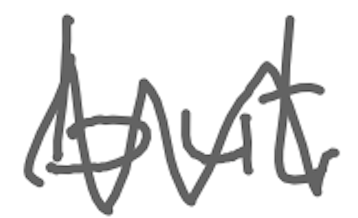
Text: but
Cross-out: zig-zag
Writing tool: digital_gray